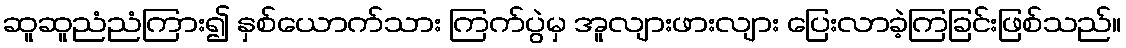
ဆူဆူညံညံကြား၍ နှစ်ယောက်သား ကြက်ပွဲမှ အူလျားဖားလျား ပြေးလာခဲ့ကြခြင်းဖြစ်သည်။